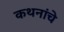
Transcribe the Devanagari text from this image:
कथनांचे